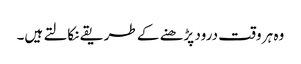
وہ ہر وقت درود پڑھنے کے طریقے نکالتے ہیں۔